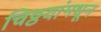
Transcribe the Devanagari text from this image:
चिठ्ठयांमधून